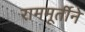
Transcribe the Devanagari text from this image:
राममूर्तीने